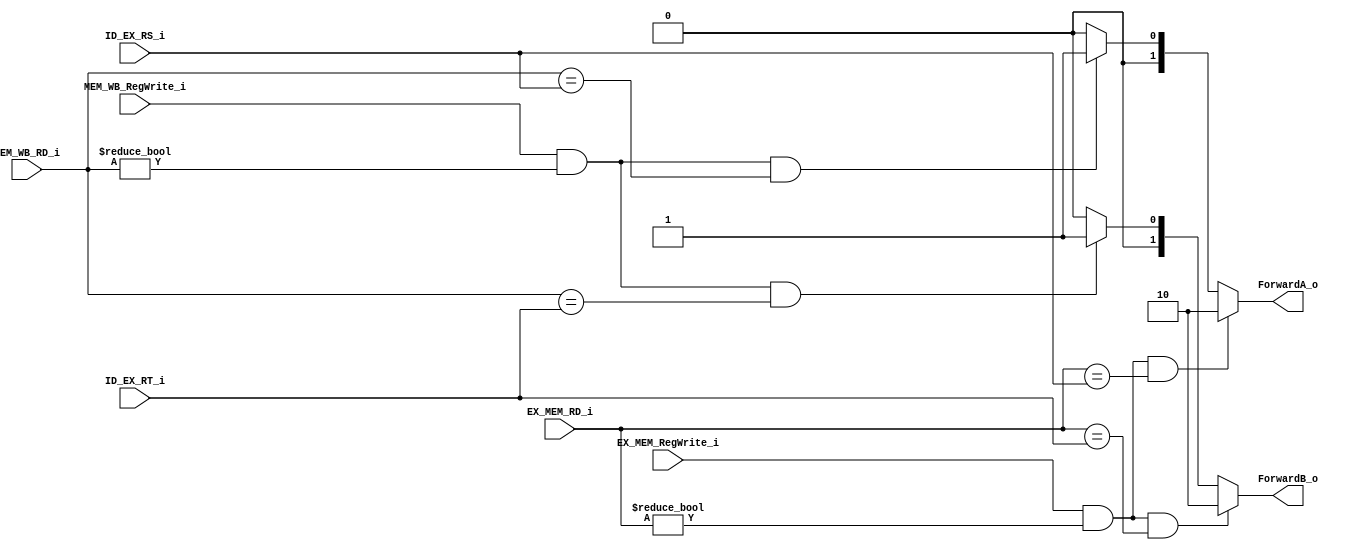
`timescale 1ns / 1ps

module Forwarding_unit
(   
    EX_MEM_RegWrite_i,
    EX_MEM_RD_i,
    ID_EX_RS_i,
    ID_EX_RT_i,
    MEM_WB_RegWrite_i,
    MEM_WB_RD_i,
    ForwardA_o,
    ForwardB_o
);

input			    EX_MEM_RegWrite_i, MEM_WB_RegWrite_i;
input	    [4:0]	ID_EX_RS_i, ID_EX_RT_i, EX_MEM_RD_i, MEM_WB_RD_i;
output reg	[1:0]	ForwardA_o, ForwardB_o;

always@(*)begin
    ForwardA_o = 2'b00;

    if(EX_MEM_RegWrite_i && 
    (EX_MEM_RD_i != 5'b00000) && 
    (EX_MEM_RD_i == ID_EX_RS_i)) ForwardA_o = 2'b10;

    else if(MEM_WB_RegWrite_i &&
    (MEM_WB_RD_i != 5'b00000) &&
    MEM_WB_RD_i == ID_EX_RS_i)  ForwardA_o = 2'b01;

    ForwardB_o = 2'b00;

    if(EX_MEM_RegWrite_i && 
    (EX_MEM_RD_i != 5'b00000) && 
    (EX_MEM_RD_i == ID_EX_RT_i)) ForwardB_o = 2'b10;

    else if(MEM_WB_RegWrite_i &&
    (MEM_WB_RD_i != 5'b00000) &&
    MEM_WB_RD_i == ID_EX_RT_i)  ForwardB_o = 2'b01;

end
endmodule